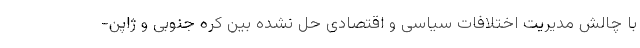
با چالش مدیریت اختلافات سیاسی و اقتصادی حل نشده بین کره جنوبی و ژاپن-